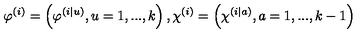
\varphi ^ { \left( i \right) } = \left( \varphi ^ { \left( i | u \right) } , u = 1 , . . . , k \right) , \chi ^ { \left( i \right) } = \left( \chi ^ { \left( i | a \right) } , a = 1 , . . . , k - 1 \right)